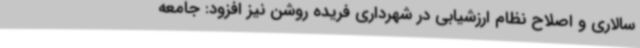
سالاری و اصلاح نظام ارزشیابی در شهرداری فریده روشن نیز افزود: جامعه